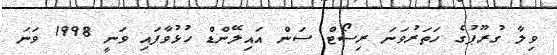
ވިލާ ގުރޫޕުގެ ހަތަރުވަނަ ރިސޯޓް ސަން އައިލޭންޑް ހުޅުވާފައި ވަނީ 1998 ވަނަ